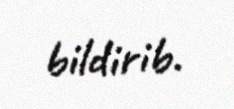
bildirib.